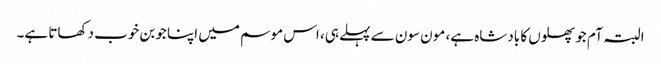
البتہ آم جو پھلوں کا بادشاہ ہے، مون سون سے پہلے ہی، اس موسم میں اپنا جوبن خوب دکھاتا ہے۔